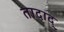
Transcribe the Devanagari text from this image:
तादाद्